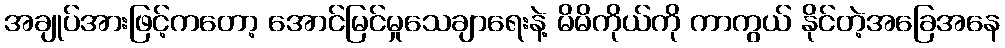
အချုပ်အားဖြင့်ကတော့ အောင်မြင်မှုသေချာရေးနဲ့ မိမိကိုယ်ကို ကာကွယ် နိုင်တဲ့အခြေအနေ